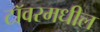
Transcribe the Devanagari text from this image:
टॉवरमधील